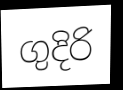
ගුදිරි